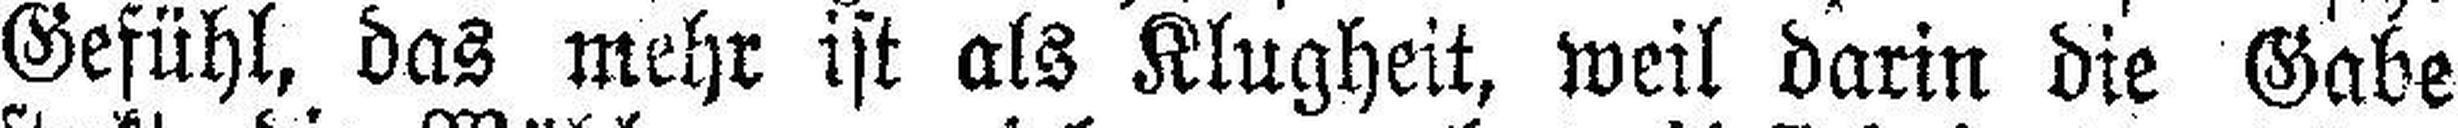
Gefühl, das mehr ist als Klugheit, weil darin die Gabe